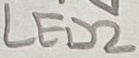
Text: LED2